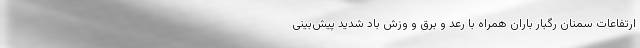
ارتفاعات سمنان رگبار باران همراه با رعد و برق و وزش باد شدید پیش‌بینی